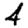
Digit: 2